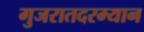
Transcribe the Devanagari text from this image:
गुजरातदरम्यान